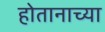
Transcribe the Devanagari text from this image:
होतानाच्या